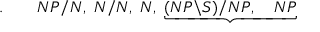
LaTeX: . \qquad N P / N , \; N / N , \; N , \; \underbrace { ( N P \backslash S ) / N P , \quad N P }